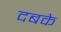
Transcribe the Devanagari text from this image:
दबके